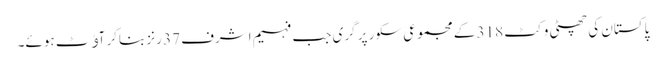
پاکستان کی چھٹی وکٹ 318 کے مجموعی سکور پر گری جب فہیم اشرف 37 رنز بناکر آﺅٹ ہوئے۔